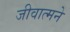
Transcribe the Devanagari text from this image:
जीवात्मने